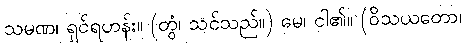
သမဏ၊ ရှင်ရဟန်း။ (တွံ၊ သင်သည်။) မေ၊ ငါ၏။ (ဝိသယတော၊